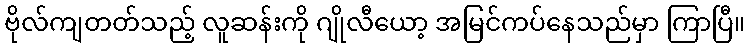
ဗိုလ်ကျတတ်သည့် လူဆန်းကို ဂျိုလီယော့ အမြင်ကပ်နေသည်မှာ ကြာပြီ။